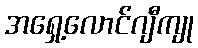
အရှေ့လောင်ဂျီကျု